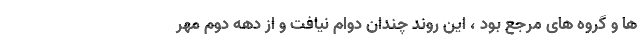
ها و گروه های مرجع بود ، این روند چندان دوام نیافت و از دهه دوم مهر